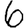
Digit: 6